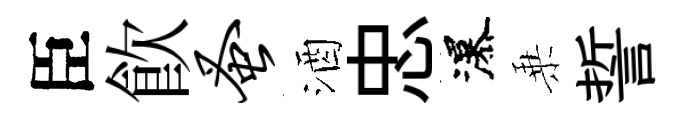
臣飮蚤酒忠瀑乗誓